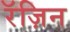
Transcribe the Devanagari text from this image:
रॅज़िन